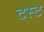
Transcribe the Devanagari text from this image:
टस्ट